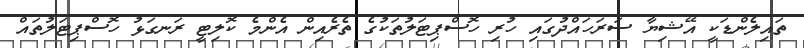
ތައިލެންޑަކީ އޭޝިޔާ ސަރަހައްދުގައި ހުރި ހޮސްޕިޓަލުތަކުގެ ތެރެއިން އެންމެ ކޮލިޓީ ރަނގަޅު ހޮސްޕިޓަލުތައް